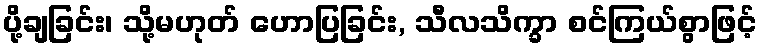
ပို့ချခြင်း၊ သို့မဟုတ် ဟောပြခြင်း, သီလသိက္ခာ စင်ကြယ်စွာဖြင့်